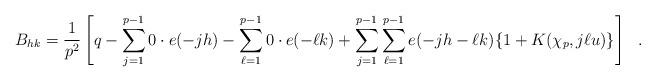
LaTeX: \begin{align*} B_{hk} = \frac{1}{p^2} \left[ q - \sum_{j=1}^{p-1} 0\cdot e(-jh) - \sum_{\ell=1}^{p-1} 0 \cdot e(-\ell k) + \sum_{j=1}^{p-1} \sum_{\ell=1}^{p-1} e(-jh -\ell k) \{1+K(\chi_p, j\ell u)\} \right] ~~. \end{align*}